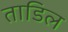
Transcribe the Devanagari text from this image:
ताडिल